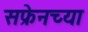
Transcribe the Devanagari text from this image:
सफ्रेनच्या